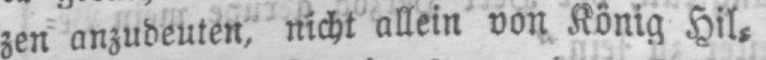
zen anzudeuten, nicht allein von König Hil⸗